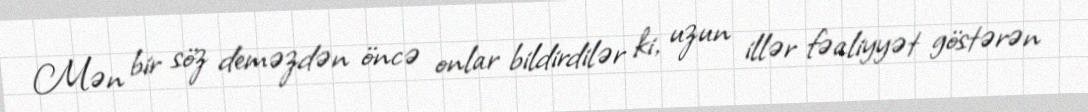
Mən bir söz deməzdən öncə onlar bildirdilər ki, uzun illər fəaliyyət göstərən